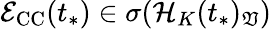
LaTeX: \mathcal{E}_{\mathrm{CC}}(t_{*})\in\sigma(\mathcal{H}_{K}(t_{*})_{\mathfrak{V}})